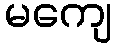
မကျေ